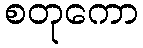
စတုကော